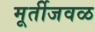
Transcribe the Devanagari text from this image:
मूर्तीजवळ